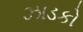
ઝાડકો